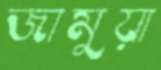
জামুয়া